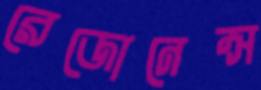
রেজোনেন্স